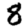
Digit: 8